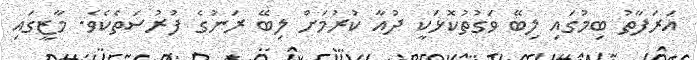
އަރަފާތު ބިމުގައި ލިބޭ ވަގުތުކޮޅަކީ ދުއާ ކުރުމަށް ލިބޭ ރަނުގެ ފުރުސަތެކެވެ. މާޒީގައި